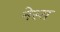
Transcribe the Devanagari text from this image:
नेस्स